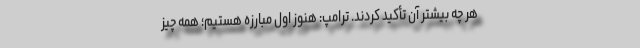
هر چه بیشتر آن تأکید کردند. ترامپ: هنوز اول مبارزه هستیم؛ همه چیز